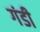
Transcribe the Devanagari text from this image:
गंडी